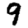
Digit: 9